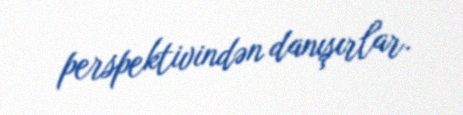
perspektivindən danışırlar.